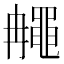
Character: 𪓚